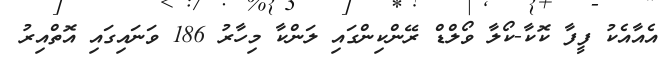
އެއާއެކު ފީފާ ކޮކާ-ކޯލާ ވޯލްޑް ރޭންކިންގައި ލަންކާ މިހާރު 186 ވަނައިގައި އޮތްއިރު